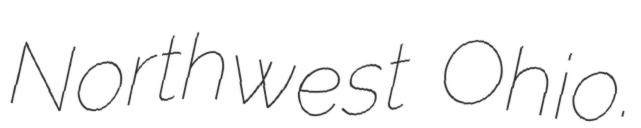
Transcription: Northwest Ohio.